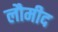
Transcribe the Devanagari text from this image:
लौमीद